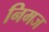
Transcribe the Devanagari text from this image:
निमज